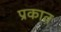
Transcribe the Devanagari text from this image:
प्रकात